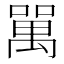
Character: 𠾧